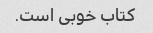
کتاب خوبی است.